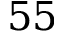
5 5